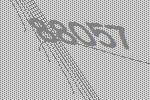
88057